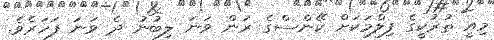
މިއީ ތުރުކީގެ ފިލްމަކަށް ކޭންސްގެ ރަން ވަނަ ލިބުނު ދެ ވަނަ ފަހަރެވެ.